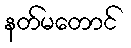
နတ်မတောင်